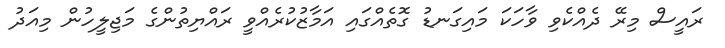
ރައީސް މިރޭ ދެއްކެވި ވާހަކަ މައިގަނޑު ގޮތެއްގައި އަމާޒުކުރެއްވީ ރައްޔިތުންގެ މަޖިލީހުން މިއަދު